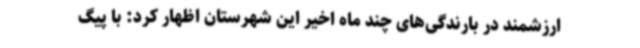
ارزشمند در بارندگی‌های چند ماه اخیر این شهرستان اظهار کرد: با پیگ